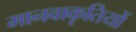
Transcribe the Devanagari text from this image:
मानवाकृतियों